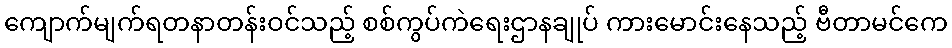
ကျောက်မျက်ရတနာတန်းဝင်သည့် စစ်ကွပ်ကဲရေးဌာနချုပ် ကားမောင်းနေသည့် ဗီတာမင်ကေ